Report on horse surra - Volume I
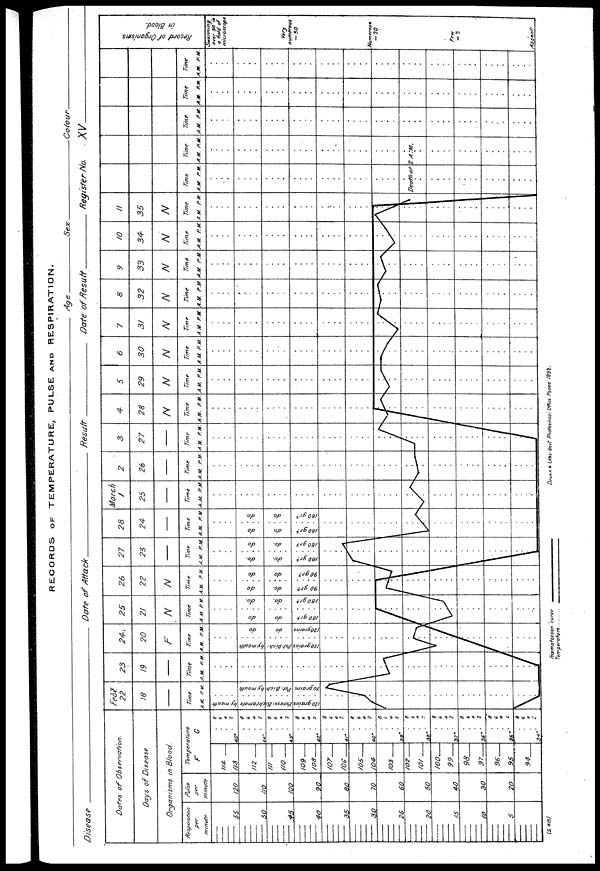
RECORDS OF TEMPERATURE, PULSE AND RESPIRATION.